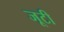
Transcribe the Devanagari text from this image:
जूटी